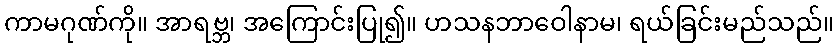
ကာမဂုဏ်ကို။ အာရဗ္ဘ၊ အကြောင်းပြု၍။ ဟသနဘာဝေါနာမ၊ ရယ်ခြင်းမည်သည်။